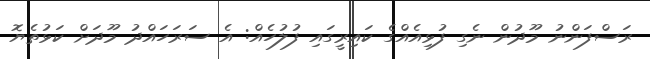
ރަަސްފަންނު މޫދުން ނެގި ފުޅިއެއްގެ ކައިރީގައި ފުލުހެއް: އެ ސަރަހައްދު މޫދަށް ކަޅުތެޔޮ